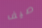
صيف